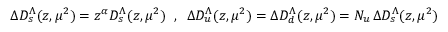
\Delta D _ { s } ^ { \Lambda } ( z , \mu ^ { 2 } ) = z ^ { \alpha } D _ { s } ^ { \Lambda } ( z , \mu ^ { 2 } ) \; \; , \; \; \Delta D _ { u } ^ { \Lambda } ( z , \mu ^ { 2 } ) = \Delta D _ { d } ^ { \Lambda } ( z , \mu ^ { 2 } ) = N _ { u } \, \Delta D _ { s } ^ { \Lambda } ( z , \mu ^ { 2 } )